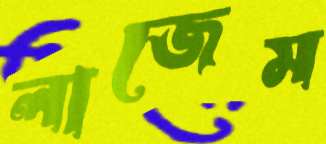
লাজেম